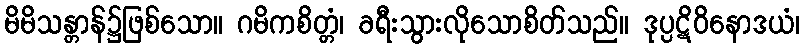
မိမိသန္တာန်၌ဖြစ်သော။ ဂမိကစိတ္တံ၊ ခရီးသွားလိုသောစိတ်သည်။ ဒုပ္ပဋိဝိနောဒယံ၊